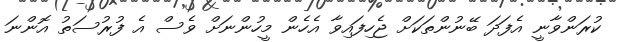
ކުރަންވާނީ އެފަދަ ބޭނުންތަކަށް ޖެހިފައިވާ އެހެން މީހުންނަށް ވެސް އެ ފުރުސަތު އޮންނަ